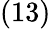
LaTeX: (13)